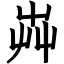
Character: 芔